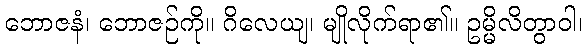
ဘောဇနံ၊ ဘောဇဉ်ကို။ ဂိလေယျ၊ မျိုလိုက်ရာ၏။ ဥမ္မိလိတွာဝါ၊